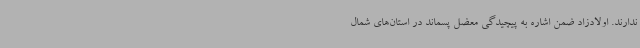
ندارند. اولادزاد ضمن اشاره به پیچیدگی معضل پسماند در استان‌های شمال